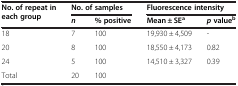
<table><thead><tr><td rowspan="2"><b>No. of repeat in each group</b></td><td colspan="2"><b>No. of samples</b></td><td colspan="2"><b>Fluorescence intensity</b></td></tr><tr><td><b><i>n</i></b></td><td><b>% positive</b></td><td><b>Mean ± SE<sup>a</sup></b></td><td><b><i>p </i>value<sup>b</sup></b></td></tr></thead><tbody><tr><td>18</td><td>7</td><td>100</td><td>19,930 ± 4,509</td><td>-</td></tr><tr><td>20</td><td>8</td><td>100</td><td>18,550 ± 4,173</td><td>0.82</td></tr><tr><td>24</td><td>5</td><td>100</td><td>14,510 ± 3,327</td><td>0.39</td></tr><tr><td>Total</td><td>20</td><td>100</td><td> </td><td> </td></tr></tbody></table>